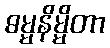
ဓမ္မနိမ္မိတာ